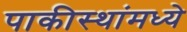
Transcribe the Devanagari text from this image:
पाकीस्थांमध्ये